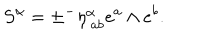
LaTeX: S ^ { \alpha } = \pm { } ^ { - } \eta _ { \ a b } ^ { \alpha } e ^ { a } \wedge e ^ { b } . \label J